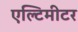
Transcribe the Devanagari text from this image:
एल्टिमीटर